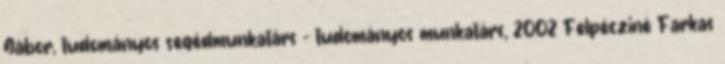
Gábor, tudományos segédmunkatárs – tudományos munkatárs, 2002 Felpécziné Farkas